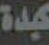
كبدة